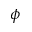
\phi